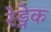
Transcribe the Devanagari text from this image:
रेड्नेक